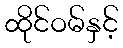
ထိုင်ဝမ်နှင့်